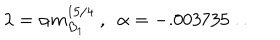
\lambda = \alpha m _ { B _ { 1 } } ^ { 1 5 / 4 } \ , \ \ \alpha = - . 0 0 3 7 3 5 \ldots